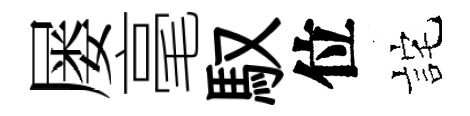
屡毫馭位詫